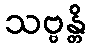
သဗ္ဗန္တိ